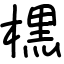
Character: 𣘸